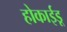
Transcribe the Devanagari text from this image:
होकाईडू